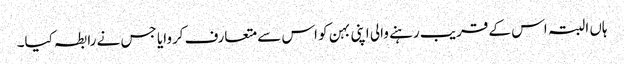
ہاں البتہ اس کے قریب رہنے والی اپنی بہن کو اس سے متعارف کروایا جس نے رابطہ کیا۔